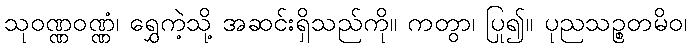
သုဝဏ္ဏဝဏ္ဏံ၊ ရွှေကဲ့သို့ အဆင်းရှိသည်ကို။ ကတွာ၊ ပြု၍။ ပုညသဉ္စတမိဝ၊